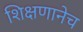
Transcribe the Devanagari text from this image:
शिक्षणानेच